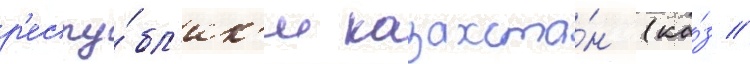
р'еспу́бл'ик'и казахста́н (ка́з //